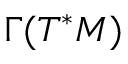
\Gamma ( T ^ { * } M )